Medical and sanitary report on the native army of Bombay for the year
Year: 1879
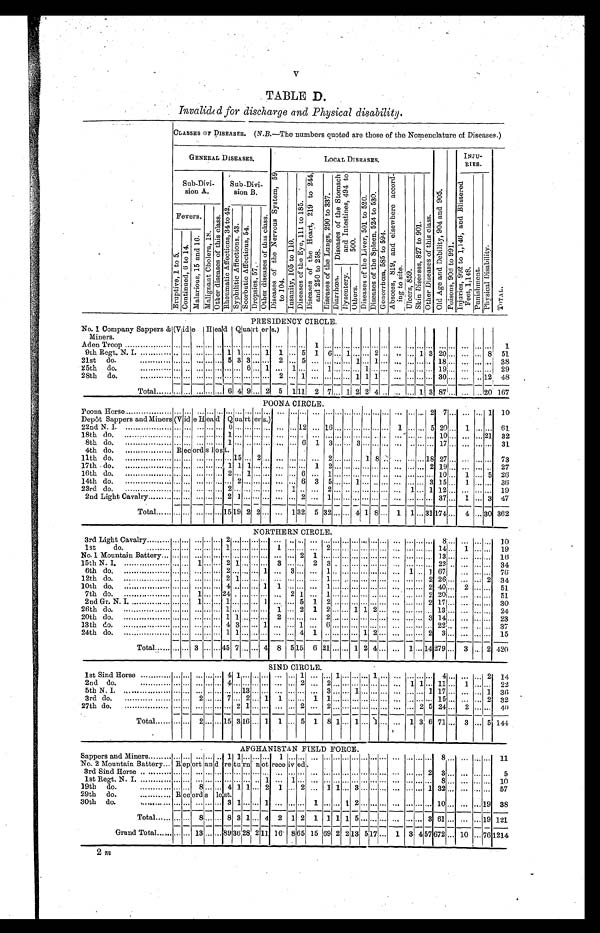
V
TABLE D.
I n v a l i d e d f o r d i s c h a r g e a n d P h y s i c a l d i s a b i l i t y .
CLASSES OF DISEASES. (N.B.—The numbers quoted are those of the Nomenclature of Diseases.)
GENERAL DISEASES.
LOCAL DISEASES.
O l d A g e a n d D e b i l i t y , 9 0 4 a n d 9 0 5 .
P o i s o n s , 9 0 6 t o 9 9 1 .
INJU-
RIES.
T O T A L .
Sub-Divi-
sion A.
Sub-Divi-
sion B.
D i s e a s e s o f t h e N e r v o u s S y s t e m , 5 9
t o 104.
I n s a n i t y , 1 0 5 t o 1 1 0 .
D i s e a s e s o f t h e E y e , 1 1 1 t o 1 8 5 .
D i s e a s e s o f t h e H e a r t , 2 1 9 t o 2 4 4 ,
a n d 2 5 0 t o 2 5 8 .
D i s e a s e s o f t h e L u n g s , 2 9 0 t o 3 3 7 .
D i a r r h œ a .
D i s e a s e s o f t h e S t o m a c h D y s e n t e r y .
a n d I n t e s t i n e s , 4 9 4 t o
O t h e r s .
5 0 0 .
D i s e a s e s o f t h e L i v e r , 5 0 1 t o 5 2 0 . D i s e a s e s o f t h e S p l e e n , 5 2 4 t o 5 3 0 .
G o n o r r h œ a , 5 8 5 t o 5 9 4 .
A b s c e s s , 8 1 9 , a n d e l s e w h e r e a c c o r d -
i n g t o s i t e .
U l c e r s , 8 5 9 .
S k i n D i s e a s e s , 8 2 7 t o 9 0 1 . O t h e r D i s e a s e s o f t h i s c l a s s .
I n j u r i e s , 9 9 2 t o 1 , 1 4 6 , a n d B l i s t e r e d
F e e t , 1 , 1 4 8 .
P u n i s h me n t .
P h y s i c a l D i s a b i l i t y .
Fevers.
M a l i g n a n t C h o l e r a , 1 8 .
O t h e r d i s e a s e s o f t h i s c l a s s .
R h e u m a t i c A f f e c t i o n s , 3 4 t o 4 2 . S y p h i l i t i c A f f e c t i o n s , 4 3 . S c o r b u t i c A f f e c t i o n s , 5 4 .
D r o p s i e s , 5 7 .
O t h e r d i s e a s e s o f t h i s c l a s s .
E r u p t i v e , 1 t o 5 . C o n t i n u e d , 6 t o 1 4 .
M a l a r i o u s , 1 5 a n d 1 6 .
PRESIDENCY CIRCLE.
No. 1 Company Sappers & (Vide Head Quarters.)
Miners.
Aden Troop .................. ... . . . . . . . . . . . . . . . . . . . . . . . . . . . . . . . . . . . . 1 . . . . . . . . . . . . . . . . . . . . .
. . . . . . . . .
... ... ...
. . .
... . . . 1
9th Regt. N. I. ............ ... ... ... ... ... 1 1 . . .
...
1 1 ... 5 1 6 ... 1 ... . . . 2 .. . . ... 1 3 20 ... ... ... 8 51
21st do. ............
... ... ... ... ... 5 3 3 . . . . . . 2 . . . 5 . . . . . . . . . . . . 1 . . . 1 . . .
. . . . . . . . .
.. 18...
. . .
... . . .
3 8
25th do. ............
... . . . . . . . . . . . . . . . . . 6 . . . 1 . . . 1 . . . . . . 1 . . . . . . . . . 1 . . . . . .
. . . . . . . . .
... 19...
. . .
... . . .
2 9
28th do. ............
... ... . . .
... ... ... ... ... ... ...
2 . . . 1 . . . . . . . . . . . . 1 1 1 .
. . . . . . . . .
... 30...
. . .
.. 1 2
4 8
Total ...... ... ... ... ... ... 6 4 9 ... 2 5 1 11 2 7 . . . 1 2 2 4 ..
. . . ... 1 3 87 ... ... ...20 167
POONA CIRCLE.
Poona Horse .................. ... . . . . . . . . . . . . ... . . . . . . . . . . . . . . . . . . . . . . . . . . . . . . . . . . . . . . . . . . . . . ... . . .
... 2 7 ... ... ... 1 10
Depôt Sappers and Miners (Vide Head Quarters.)
22nd. N. I. ................... ... ... ... ... ... 6 . . . ... ... ... ... ... 12 ... 16 ... ... ... ... ... ... 1 . . .
...
5 20 ... 1 ... ... 61
18th do. .................. ... . . . . . . . . . . . . 1 . . . . . . . . . . . . . . . . . . . . . . . . . . . . . . . . . . . . . . . . . .
. . . . . . . . .
... 10...
. . .
... 2 1
3 2
8th do. . . . . . . . . . . . . . . . . . .
... . . . . . . . . . . . . 1 . . . . . . . . . . . ... . . . 6 1 3 . . . . . 3 . . . . . . . . .
. . . . . . . .
... 17..
. . .
... . . .
3 1
4th do. .................. Records lost.
11th do. ................. ... . . . . . . . . . . . . . . . 1 5 . . . 2 . . . . . . . . . . . . . . . 2 . . . . . . . . . 1 8 . .
. . . . . .
... 18 27 ... ... ... . . . 73
17th do. .................. ... . . . . . . . . . . . . 1 1 1 . . . . . . . . . . . . . . . 1 2 . . . . . . . . . . . . . . . . . .
. . . . . . . . .
2 19...
. . .
... . . .
2 7
16th do. . . . . . . . . . . . . . . . . . .
... . . . . . . . . . . . . 2 . . . 1 . . . . . . . . . . . . 6 . . . 1 . . . . . . . . . . . . . . . . .
. . . . . . . . .
... 10...
1 ... 5
2 6
14th do. . . . . . . . . . . . . . . . . . .
... . . . . . . . . . . . . . . . 2 . . . . . . . . . . . . . . . 6 3 5 . . . . . . 1 . . . . . . . .
. . . . . . . . .
3 15...
1 ... . . .
3 6
23rd do. . . . . . . . . . . . . . . . . . .
... . . . . . . . . . . . . 2 . . . . . . . . . . . . . . . 1 . . . . . 2 . . . . . . . . . . . . . . . . .
. . . 1 . . .
1 12...
. . .
... . . .
1 9
2nd Light Cavalry ......... ... ... ... ... ... 2 1 ... . . .
... ... ... 2 ... 1 ... ... ... . . .
... . . ... ... ... ... 37 ... 1 ... 3 47
Total ...... ... ... ... ... . . . 15 19 2 2 ... ... 1 32 5 32 ... ... 4 1 8 ... 1 1 ... 31 174 ... 4 ... 30 362
NORTHERN CIRCLE.
3rd Light Cavalry ......... ... . . . . . . . . . . . . 2 . . . . . . . . . . . . . . . . . . . .
. . . . . . . . . . . . . . . . . . . . . . . .
. . . . . . . . .
... 8 ...
. . .
... . . .
1 0
1st do. .........
... . . . . . . . . . . . 1 . . . . . . . . . . . . 1 . . . . . . . . . 2 . . . . . . . . . . . . . . . . . .
. . . . . . . . .
... 14...
1 ... . . .
1 9
No. 1 Mountain Battery ... ... . . . . . . . . . . . . . . . . . . . . . . . . . . . . . . . . . 2 1 . . . . . . . . . . . . . . . . . . . . .
. . . . . . . . .
... 13..
. . .
... . . . 16
15th N. I. .................. ... . . . 1 . . . . . . 2 1 . . . . . . . . . 3 . . . . . . 2 3 . . . . . . . . . . . . . . . .
. . . . . . . . .
... 22..
. . .
... . . .
3 4
6th do. .................. ... ... ... ... ... 2 ... ... ... 1 ... 3 ... ... 1 .. ... ... ... ... ... ... 1 .. 1 67
... ... ...
76
12th do. ...................
.. . . . . . . . . . . . . 2 1 . . . . . . . . . . . . . . . . . . . . . 1 . . . . . . . . . . . . . . . . .
. . . . . . . .
2 26...
. . .
... 2
3 4
10th do. ................... ... . . . . . . . . . . . . 4 . . . . . . . . . 1 1 . . . . . . . . . 1 . . . . . . . . . . . . . . . . . .
. . . . . . . . .
2 40...
2 ... . . .
5 1
7th do. ..................... . . . 1 . . . . . 2 4 . . . . . . . . . . . . . 2 1 . . . 1 . . . . . . . . . . . . . . . . .
. . . . . . . . .
2 20...
. . .
... ...
51
2nd Gr. N. I. ............... ... . . . 1 . . . . . . 1 . . . . . . . . . 1 . . . . . . 5 1 2 . . . . . . . . . . . . . . . . .
. . . . . . . . .
2 17. . .
. . .
... . . .
3 0
26th do. .................. ... . . . . . . . . . . . . 1 . . . . . . . . . . . . 1 . . . 2 1 2 . . . . . . 1 1 2 . . .
. . . . . . . . .
... 13...
. . .
... . . .
2 4
20th do. .................. ... . . . . . . . . . . . . 1 1 . . . . . . . . . 2 . . . . . . . . . 2 . . . . . . . . . . . . . . . . . .
. . . . . . . . .
3 14...
. . .
... . . .
2 3
13th do. ..................
... . . . . . . . . . . . . 4 3 . . . . . . 1 . . . . . . 1 . . . 6 . . . . . . . . . . . . . . . . . .
. . . . . . . . .
... 22..
. . .
... . . . 37
24th do. ..................... . . . . . . . . . . . . 1 1 . . . . . . . . . . . . . . 4 1 . . . . . . . . . . . 1 2 . . .
. . . . . . . . .
2 3 ...
. . .
... . . . 1 5
Total ....... ... ... 3 . . .
... 45 7 ... ... 4 8 5 15 6 21 . . .
... 1 2 4 ... ... 1 ... 14 279 ... 3 ... 2 420
SIND CIRCLE.
1st Sind Horse ............ ... . . . . . . . . . . . . 4 1 . . . . . . . . . . . . . . . 1 . . . . . . 1 . . . . . . . . . 1 . . .
. . . . . . . . .
... 4 ...
. . . ... 2 14
2nd do. ............
... . . . . . . . . . . . . 4 . . . . . . . . . . . . ... . . . 2 . . . 2 . . . . . . . . . . . . . . . . . .
. . . 1 1 ... 11...
1 ... ...
22
5th N. I. ................. ... . . . . . . . . . . . . . . . . . 1 3 . . . . . . . . . . . . . . . . . . 3 . . . . . . 1 . . . . . . . . .
. . . . . . . . .
1 17...
. . . ... 1 36
3rd do. . . . . . . . . . . . . . . . . . .
.. . . . 2 . . . . . . 7 . . . 2 . . . 1 1 . . . . . . 1 1 . . . . . . . . . . . . . . . . . .
. . . . . . . . .
... 15...
. . . ... 2 32
27t h do. . . . . . . . . . . . . . . . . . .
... . . . . . . . . . . . . . . . 2 1 . . . . . . . . . . . . 2 . . . 2 . . . . . . . . . . . . . . . . . .
. . . . . . 2 5 24...
2 ... . . .
4 0
Total ...... ... ... 2 ... ... 15 3 16 ... 1 1 ... 5 1 8 1 ... 1 ... 1 ... ... 1 3 6 71 ... 3 ... 5 144
AFGHANISTAN FIELD FORCE.
Sappers and Miners ......... ... . . . ... ... .. 1 1 . . .
...
. . . 1 . . .
...
... ... ... ... ... ... ... ... ... . . .
... ... 8 ... ... ... . . . 11
No. 2 Mountain Battery ... Report and return not received.
3rd Sind Horse ............ . . . . . . . . . . . . . . . . . . . . . . . . . . . . . . . . . . . . . . . . . . . . . . . . . . . . . . . . . . . . . . .
. . . . . . . . .
2 3 ...
. . .
... . . .
5
1st Regt. N. I. ............ . . . . . . . . . . . . . . . . . . . . . . . . . . . 1 . . . 1 . . . . . . . . . . . . . . . . . . . . . . . . . . .
. . . . . . . . .
... 8 ...
. . .
... . . .
1 0
19th do. ............
... ... 8 . . .
...
4 1 1 ... 2 1 ... 2 ... 1 1 ... 3 ... ... ... ... . . .
... 1 32 ... ... ... . . . 57
29th do. ............
Records lost.
30th do. ............
. . . . . . . . . . . . . . . 3 1 . . . . . . 1 . . . . . . . . . 1 . . . . . . 1 2 . . . . . . . . .
. . . . . . . . .
... 10...
. . .
... 1 9
3 8
Total ...... ... ... 8 ... ... 8 3 1 ... 4 2 1 2 1 1 1 1 5 ... ... ... ... . . .
...
3 61 ... ... ... 19 121
Grand Total ...... ... ... 13 ... . . .
89 36 28 2 1 1 16 8 65 15 69 2 2 13 5 17 ... 1 3 4 57 672 ... 10 ... 76 1214
2 m